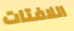
اللافتات